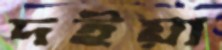
দইয়া